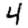
Digit: 4